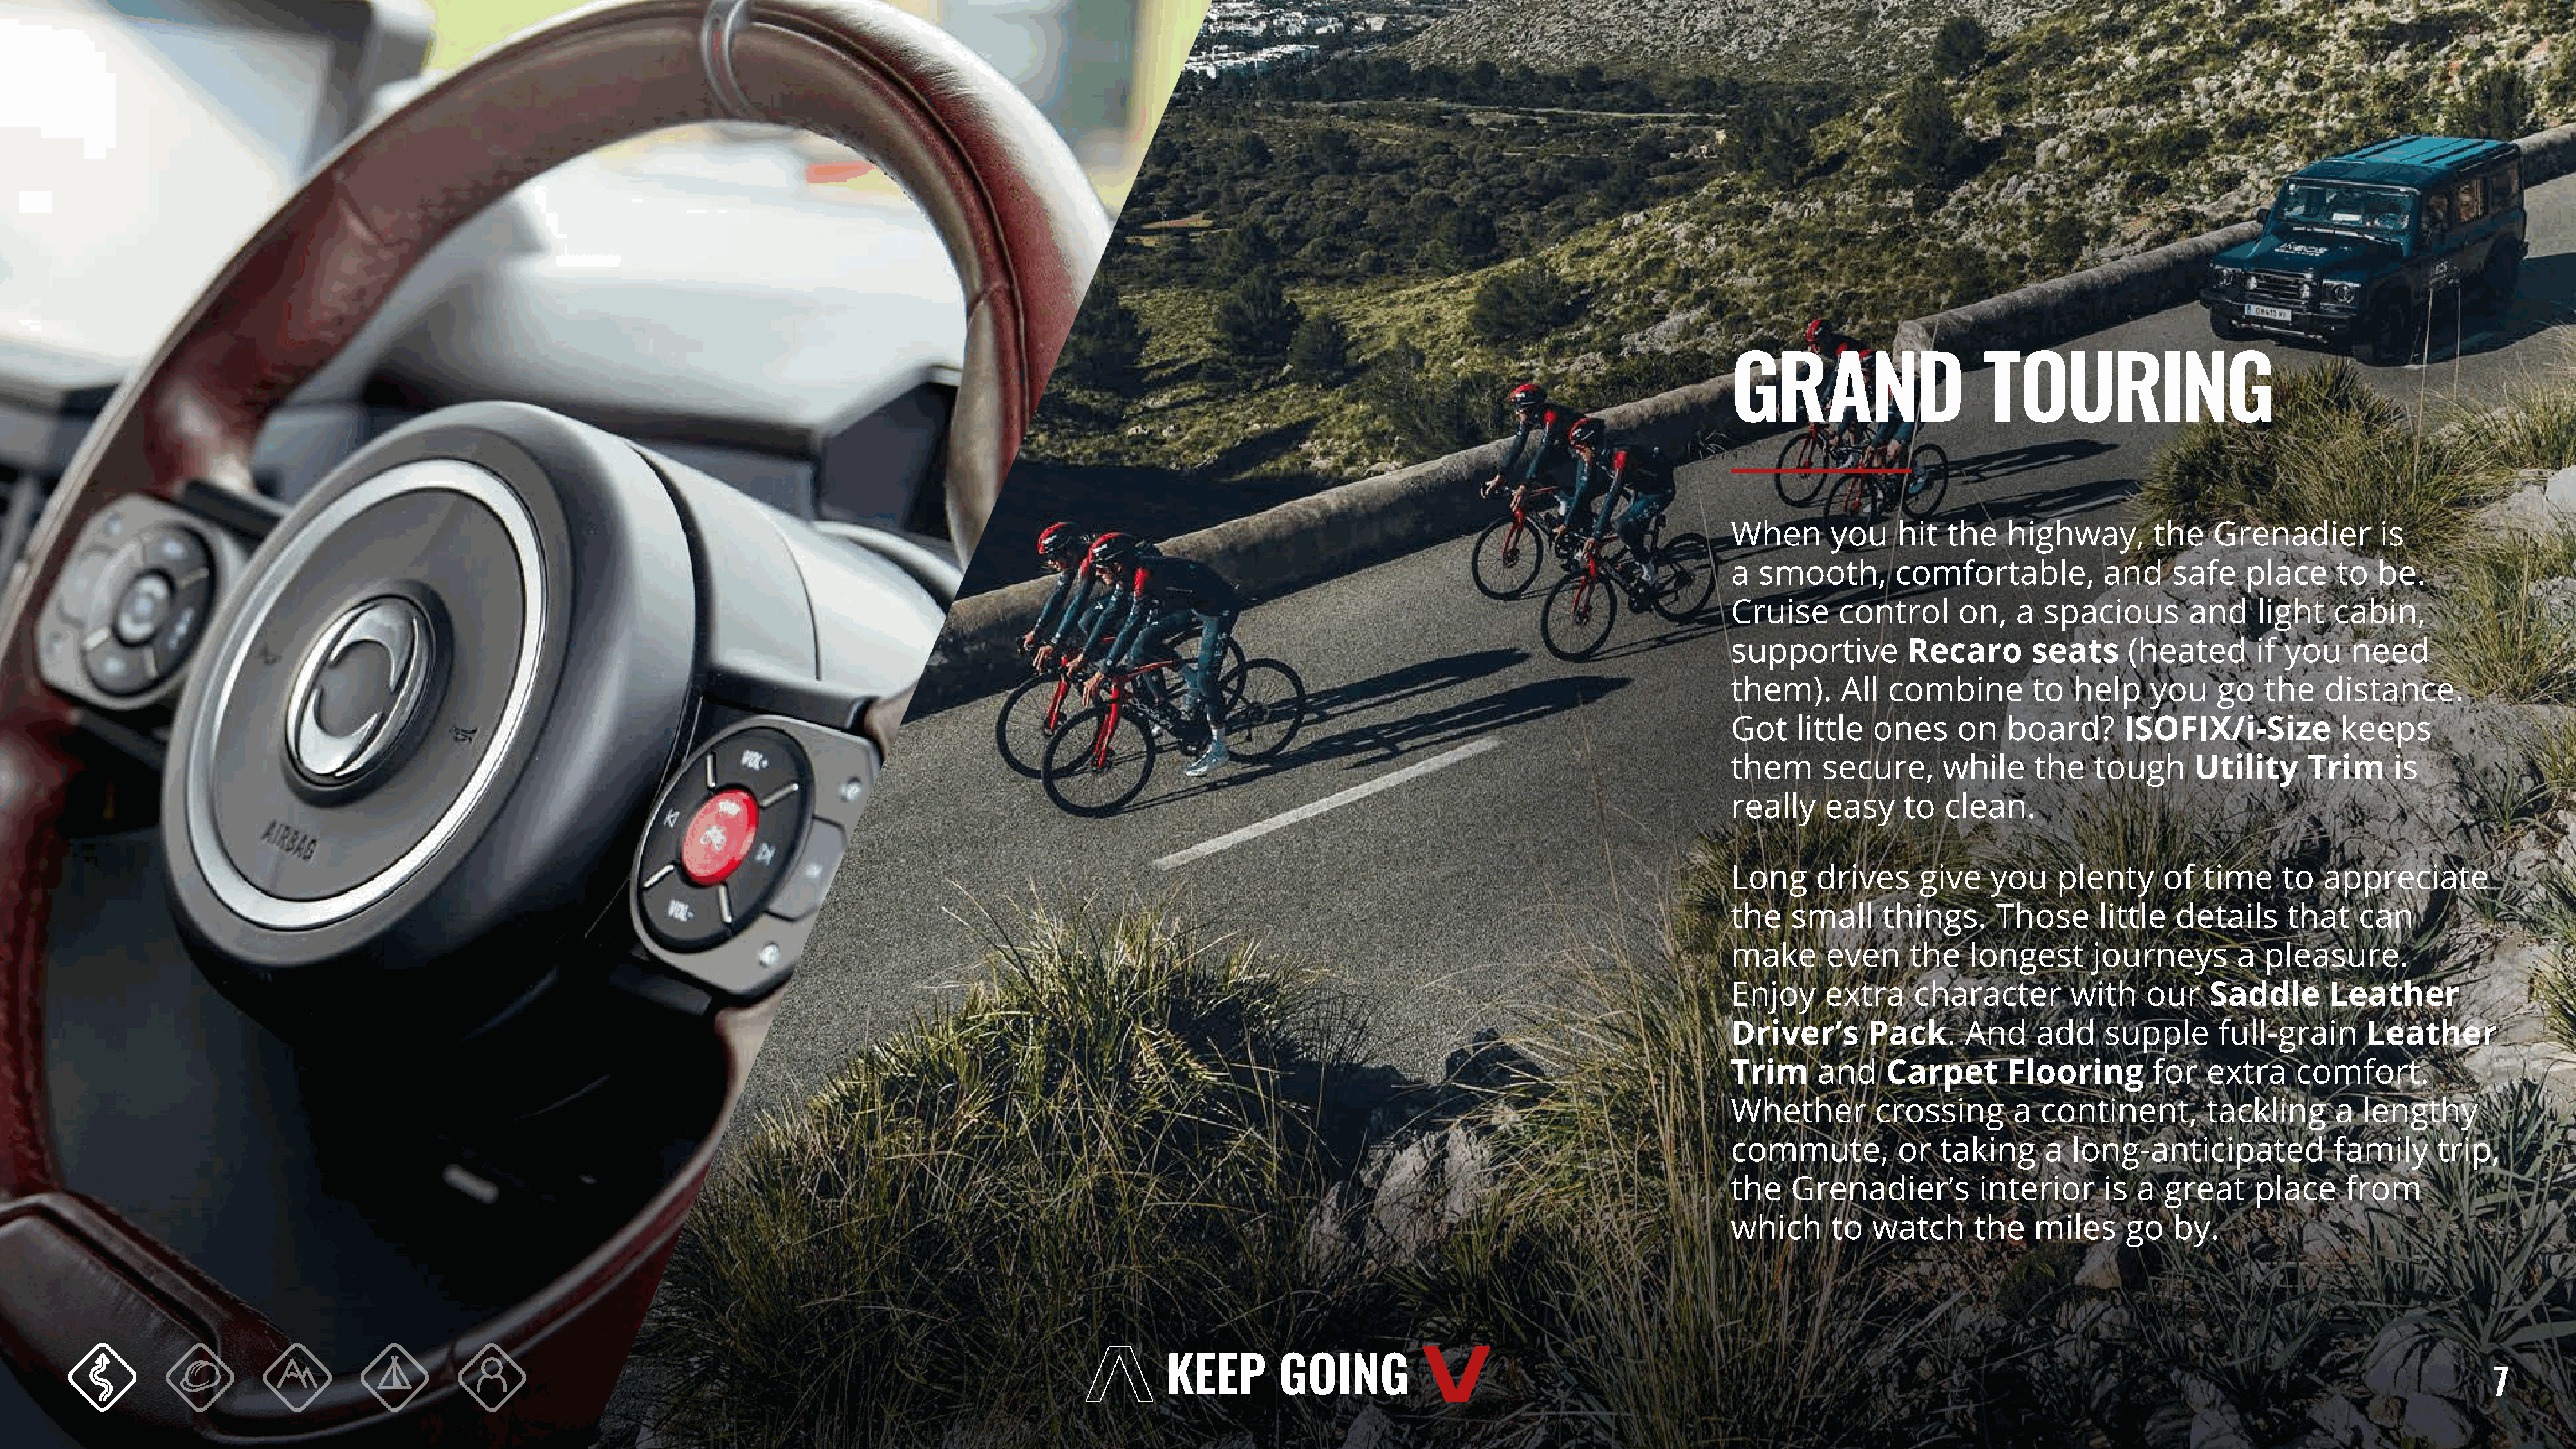
GRAND                     TOURING
 When      you    hit  the   highway,       the    Grenadier        is
 a  smooth,       comfortable,         and    safe    place    to  be.
 Cruise     control     on,   a  spacious       and    light   cabin,
 supportive        Recaro       seats     (heated      if you    need
 them).     All  combine        to  help    you    go   the   distance.
 Got    little  ones    on   board?      ISOFIX/i-Size          keeps
 them     secure,      while    the   tough      Utility    Trim     is
 really    easy    to  clean.
 Long     drives    give    you   plenty     of  time     to  appreciate
 the   small     things.    Those      little  details    that   can
 make      even    the   longest      journeys       a  pleasure.
 Enjoy     extra    character       with    our   Saddle      Leather
 Driver’s      Pack.     And    add    supple      full-grain     Leather
 Trim     and    Carpet      Flooring       for   extra    comfort.
 Whether        crossing      a  continent,       tackling     a  lengthy
 commute,         or  taking     a  long-anticipated           family     trip,
 the   Grenadier’s        interior     is  a great     place    from
 which     to  watch      the   miles     go  by.
 7